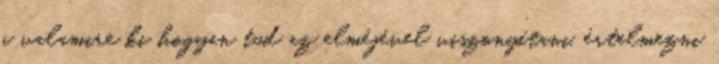
a valamire ki hogyan tud az elméjével viszonyítani, értelmezni